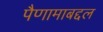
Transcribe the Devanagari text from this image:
पैणामाबद्दल